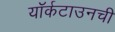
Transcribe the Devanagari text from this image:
यॉर्कटाउनची